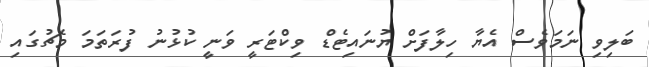
ބަލިވި ނަމަވެސް އެޔާ ހިލާފަށް ޔުނައިޓެޑް ވިކްޓަރީ ވަނީ ކުޅުނު ފުރަތަމަ މެޗުގައި